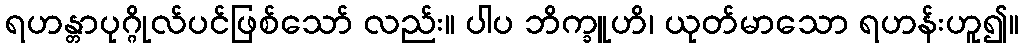
ရဟန္တာပုဂ္ဂိုလ်ပင်ဖြစ်သော် လည်း။ ပါပ ဘိက္ခူဟိ၊ ယုတ်မာသော ရဟန်းဟူ၍။